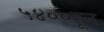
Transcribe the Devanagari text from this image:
५४००हून